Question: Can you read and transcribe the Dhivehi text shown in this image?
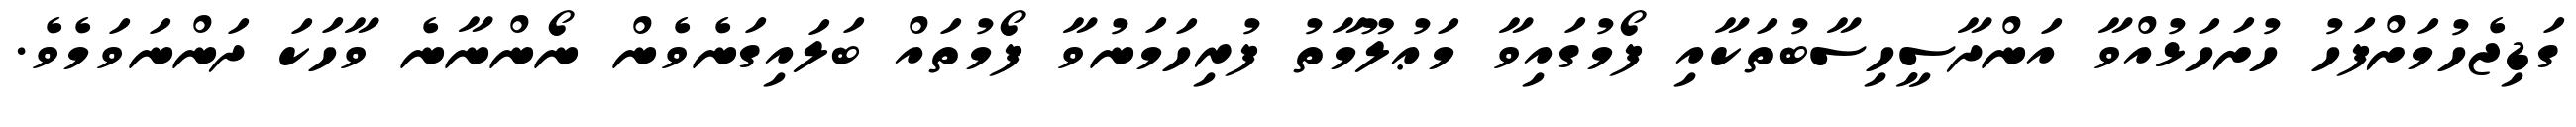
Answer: ގަޑިޖެހުމަށްފަހު ހުށަހަޅުއްވާ އަންދާސީހިސާބުތަކާއި ފޯމުގައިވާ މަޢުލޫމާތު ފުރިހަމަނުވާ ފޯމުތައް ބަލައިގަނެވެން ނޯންނާނެ ވާހަކަ ދަންނަވަމެވެ.